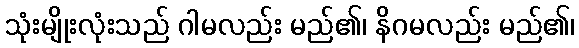
သုံးမျိုးလုံးသည် ဂါမလည်း မည်၏၊ နိဂမလည်း မည်၏၊